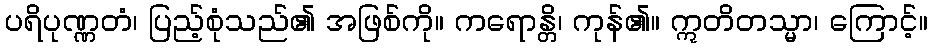
ပရိပုဏ္ဏတံ၊ ပြည့်စုံသည်၏ အဖြစ်ကို။ ကရောန္တိ၊ ကုန်၏။ ဣတိတသ္မာ၊ ကြောင့်။